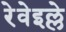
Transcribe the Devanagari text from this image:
रेवेइल्ले